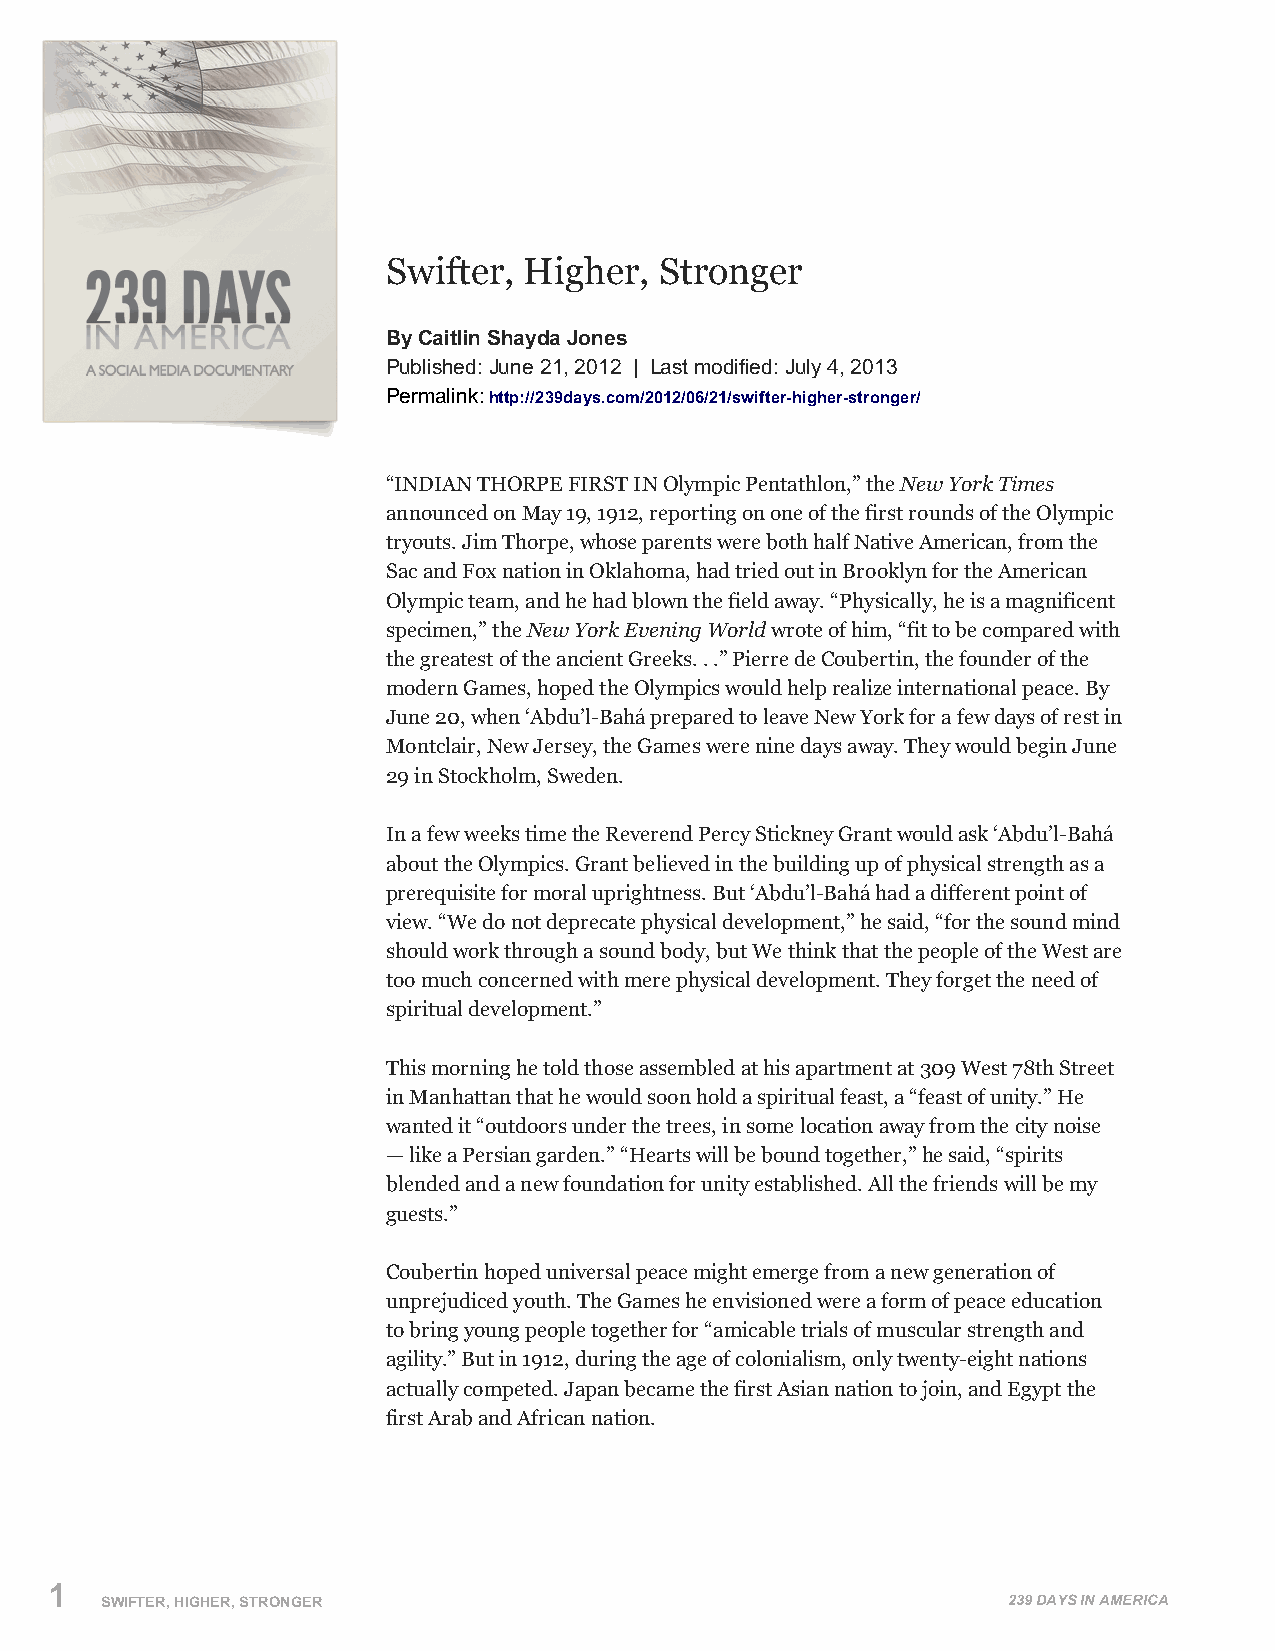
Swifter, Higher,  Stronger
 By Caitlin Shayda Jones
 Published: June 21, 2012 | Last modified: July 4, 2013
 Permalink: http://239days.com/2012/06/21/swifter-higher-stronger/
 “INDIAN THORPE FIRST IN Olympic Pentathlon,” the New York Times
 announced on May 19, 1912, reporting on one of the first rounds of the Olympic
 tryouts. Jim Thorpe, whose parents were both half Native American, from the
 Sac and Fox nation in Oklahoma, had tried out in Brooklyn for the American
 Olympic team, and he had blown the field away. “Physically, he is a magnificent
 specimen,” the New York Evening World wrote of him, “fit to be compared with
 the greatest of the ancient Greeks. . .” Pierre de Coubertin, the founder of the
 modern Games, hoped the Olympics would help realize international peace. By
 June 20, when ‘Abdu’l-Bahá prepared to leave New York for a few days of rest in
 Montclair, New Jersey, the Games were nine days away. They would begin June
 29 in Stockholm, Sweden.
 In a few weeks time the Reverend Percy Stickney Grant would ask ‘Abdu’l-Bahá
 about the Olympics. Grant believed in the building up of physical strength as a
 prerequisite for moral uprightness. But ‘Abdu’l-Bahá had a different point of
 view. “We do not deprecate physical development,” he said, “for the sound mind
 should work through a sound body, but We think that the people of the West are
 too much concerned with mere physical development. They forget the need of
 spiritual development.”
 This morning he told those assembled at his apartment at 309 West 78th Street
 in Manhattan that he would soon hold a spiritual feast, a “feast of unity.” He
 wanted it “outdoors under the trees, in some location away from the city noise
 — like a Persian garden.” “Hearts will be bound together,” he said, “spirits
 blended and a new foundation for unity established. All the friends will be my
 guests.”
 Coubertin hoped universal peace might emerge from a new generation of
 unprejudiced youth. The Games he envisioned were a form of peace education
 to bring young people together for “amicable trials of muscular strength and
 agility.” But in 1912, during the age of colonialism, only twenty-eight nations
 actually competed. Japan became the first Asian nation to join, and Egypt the
 first Arab and African nation.
 1
 SWIFTER, HIGHER, STRONGER                                   239 DAYS IN AMERICA